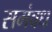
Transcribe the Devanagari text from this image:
समंबध